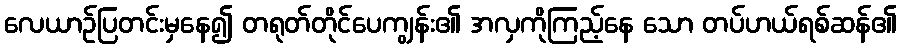
လေယာဉ်ပြတင်းမှနေ၍ တရုတ်တိုင်ပေကျွန်း၏ အလှကိုကြည့်နေ သော တပ်ဟယ်ရစ်ဆန်၏